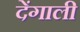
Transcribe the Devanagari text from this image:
देंगाली